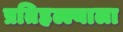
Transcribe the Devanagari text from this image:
प्रतिहल्ल्याला